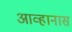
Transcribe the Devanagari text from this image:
आव्हानास